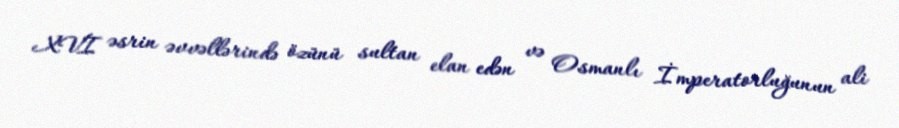
XVI əsrin əvvəllərində özünü sultan elan edən və Osmanlı İmperatorluğunun ali